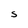
Character: S